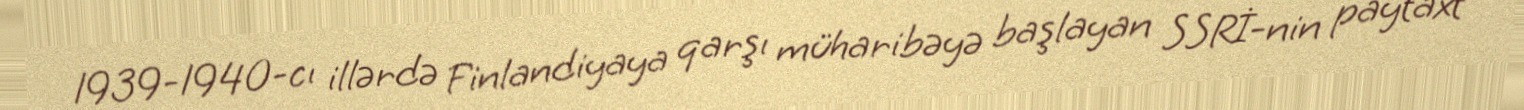
1939-1940-cı illərdə Finlandiyaya qarşı müharibəyə başlayan SSRİ-nin paytaxt